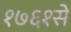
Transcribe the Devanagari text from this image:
१७६१से